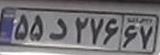
۵۵د۲۷۶۶۷